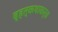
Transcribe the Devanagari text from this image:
बृहत्कथाकर्ता